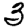
Digit: 3